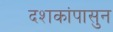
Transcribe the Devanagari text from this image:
दशकांपासुन